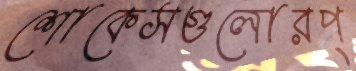
শোকেসগুলোরপ্